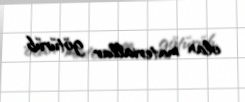
olan materiallar götürüb.